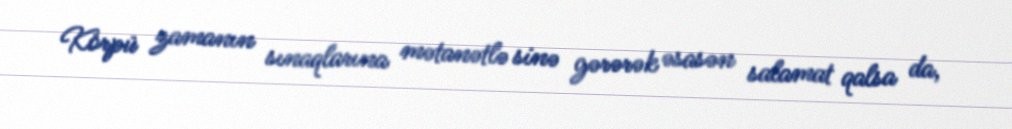
Körpü zamanın sınaqlarına mətanətlə sinə gərərək əsasən salamat qalsa da,